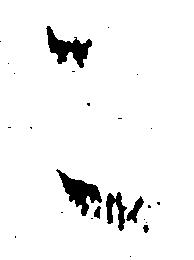
こ